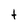
Character: t